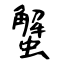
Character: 蟹